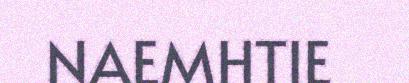
NAEMHTIE